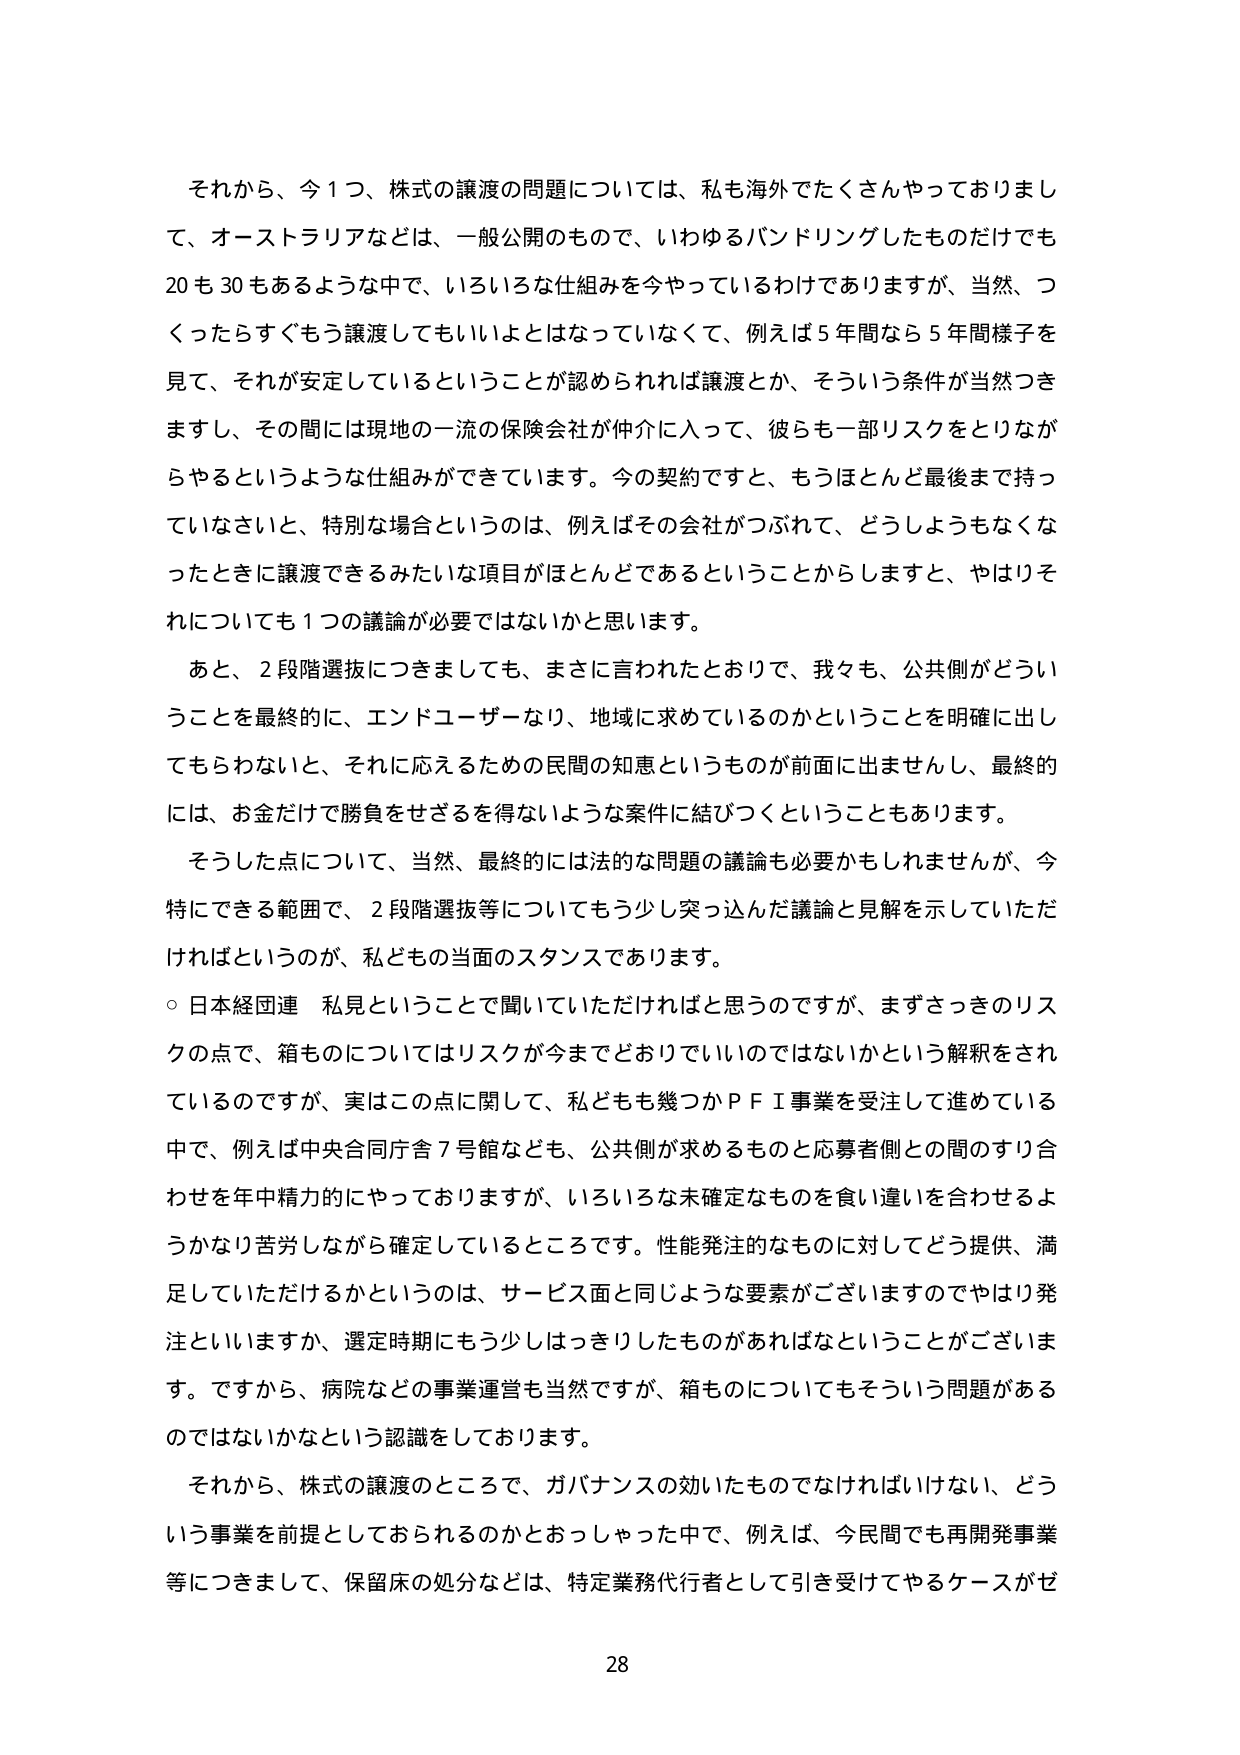
それから、今１つ、株式の譲渡の問題については、私も海外でたくさんやっておりまして、オーストラリアなどは、一般公開のもので、いわゆるバンドリングしたものだけでも20も30もあるような中で、いろいろな仕組みを今やっているわけでありますが、当然、つくったらすぐもう譲渡してもいいよとはなっていなくて、例えば5年間なら5年間様子を見て、それが安定しているということが認められれば譲渡とか、そういう条件が当然つきまし、その間には現地の一流の保険会社が仲介に入って、彼らも一部リスクをとりながらやるというような仕組みができています。今の契約ですと、もうほとんど最後まで持っていないさいと、特別な場合というのは、例えばその会社がつぶれて、どうしようもなくなったときに譲渡できるみたいな項目がほとんどであるということからしますと、やはりそれについても１つの議論が必要ではないかと思います。

あと、２段階選抜につきましても、まさに言われたとおりで、我々も、公共側がどういうことを最終的に、エンドユーザーなり、地域に求めているのかということを明確に出してもらわないと、それに応えるための民間の知恵というものが前面に出ませんし、最終的には、お金だけで勝負をせざるを得ないような案件に結びつくということもあります。

そうした点について、当然、最終的には法的な問題の議論も必要かもしれませんが、今特にできる範囲で、２段階選抜等についてもう少し突っ込んだ議論と見解を示していただければというのが、私どもの当面のスタンスであります。

○日本経団連　私見ということで聞いていただければと思うのですが、まずさっきのリスクの点で、箱ものについてはリスクが今までどおりでいいのではないかという解釈をされているのですが、実はこの点に関して、私どもも幾つかＰＦＩ事業を受注して進めている中で、例えば中央合同庁舎７号館なども、公共側が求めるものと応募者側との間のすり合わせを年中精力的にやっておりますが、いろいろな未確定なものを食い違いを合わせるようかなり苦労しながら確定しているところです。性能発注的なものに対してどう提供、満足していただけるかというのは、サービス面と同じような要素がございますのでやはり発注といいますか、選定時期にもう少しはっきりしたものがあればなということがございます。ですから、病院などの事業運営も当然ですが、箱ものについてもそういう問題があるのではないかという認識をしております。

それから、株式の譲渡のところで、ガバナンスの効いたものでなければいけない、どういう事業を前提としておられるのかとおっしゃった中で、例えば、今民間でも再開発事業等につきまして、保留床の処分などは、特定業務代行者として引き受けてやるケースがゼ

28